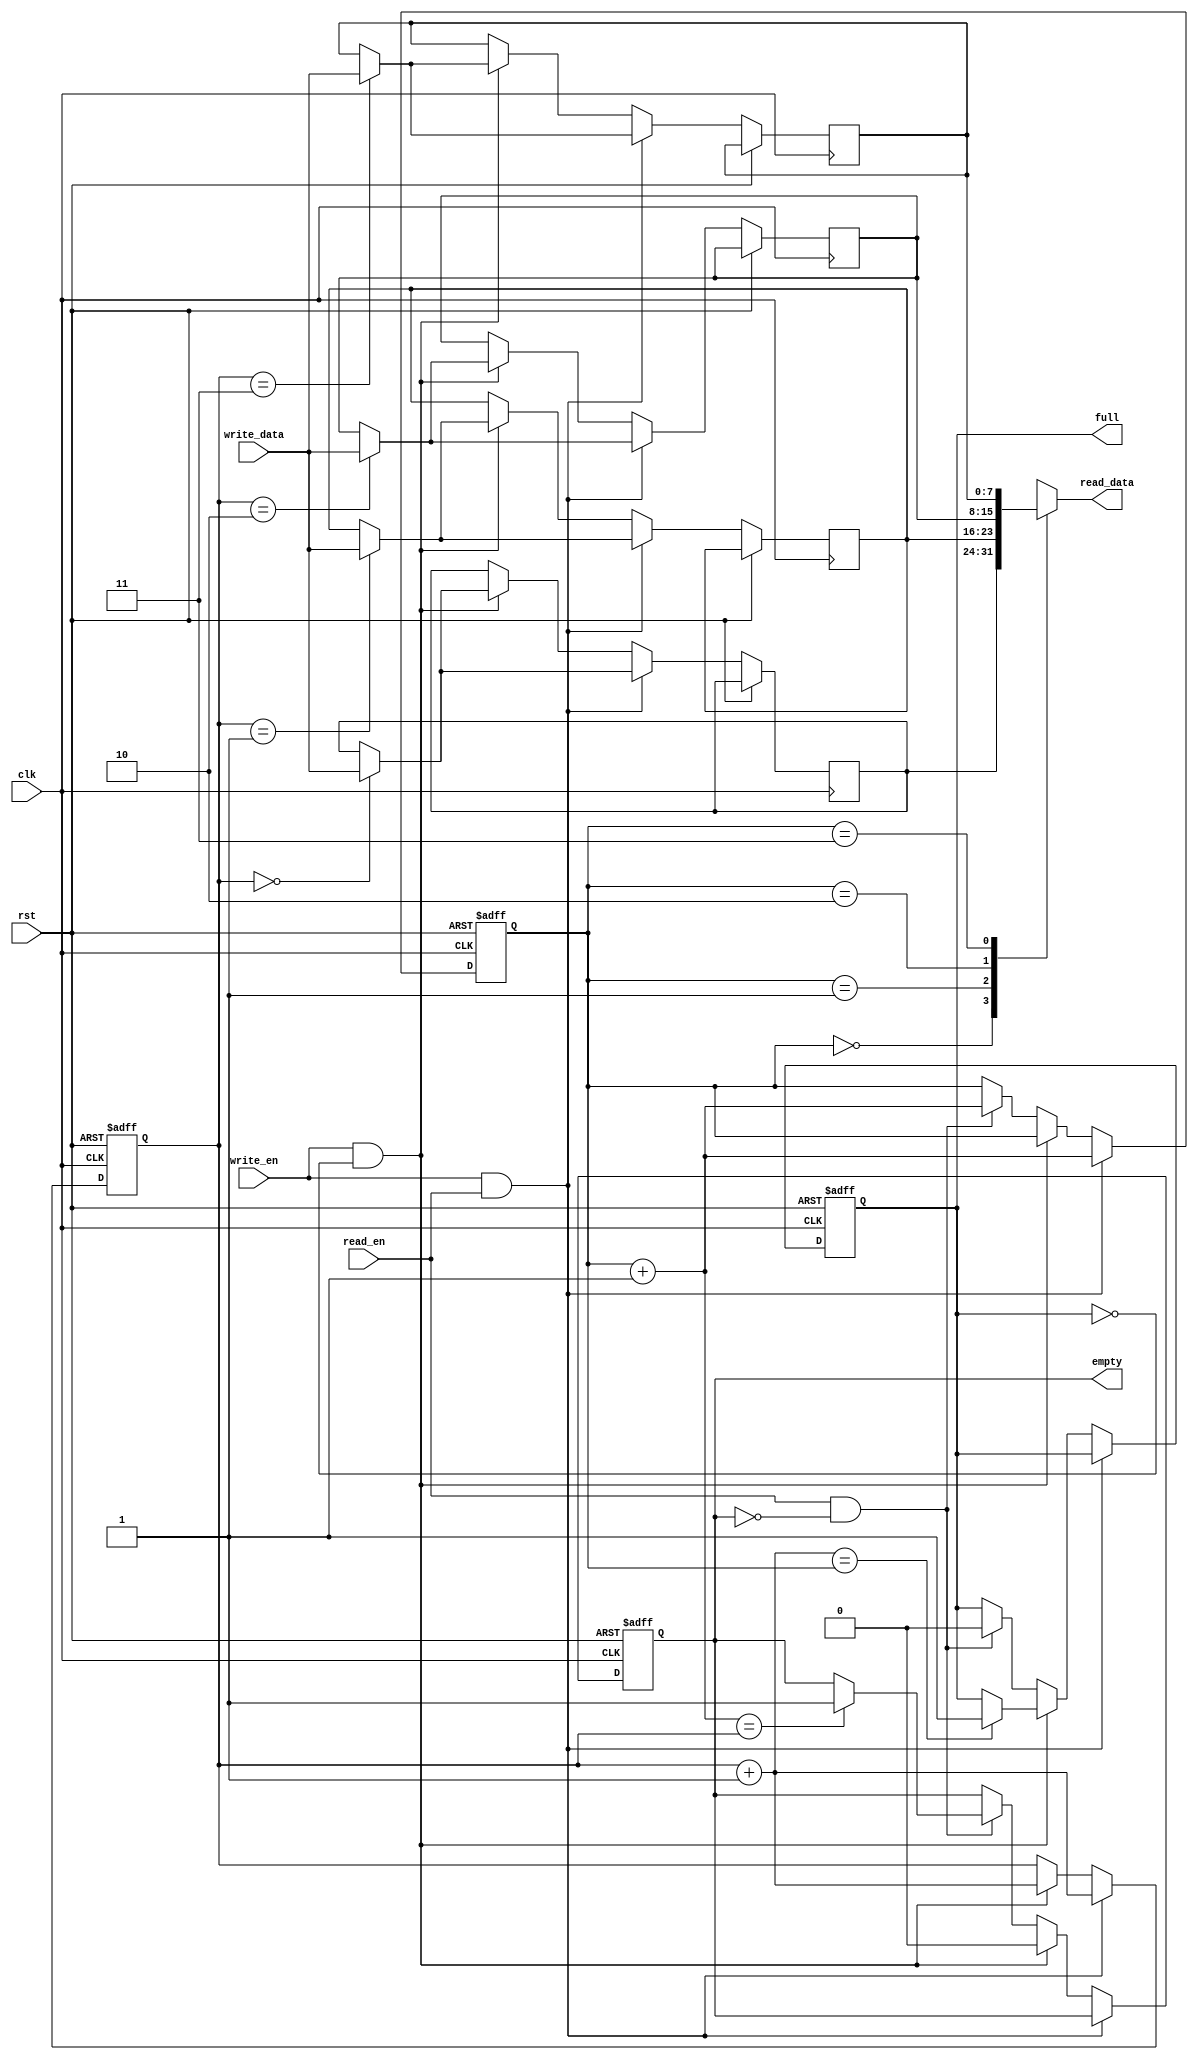
module fifo(clk, rst, write_en, write_data, read_en, read_data, empty, full);
input                     clk;
input                     rst;
input                     write_en;
input  [WIDTH-1:0]        write_data;
input                     read_en;
output [WIDTH-1:0]        read_data;
output                    empty;
output                    full;

parameter SIZE = 4;
parameter WIDTH = 8;

reg       [WIDTH-1:0]   storage_r [SIZE-1:0];
reg  [$clog2(SIZE)-1:0] read_ptr_r;
reg  [$clog2(SIZE)-1:0] write_ptr_r;
reg                     reading_r;
reg                     full_r;
reg                     empty_r;
reg       [WIDTH-1:0]   data_r;

assign empty        = empty_r;
assign full         = full_r;

assign read_data    = storage_r[read_ptr_r];

wire  [$clog2(SIZE)-1:0] read_ptr_n = read_ptr_r + 1;
wire  [$clog2(SIZE)-1:0] write_ptr_n = write_ptr_r + 1;

always @ (negedge clk or posedge rst) begin
  if (rst) begin
    read_ptr_r               <= 0;
	 write_ptr_r              <= 0;
	 full_r                   <= 0;
	 empty_r                  <= 1;
  end
  else begin
	 if (write_en && read_en) begin
	   storage_r[write_ptr_r] <= write_data;
		write_ptr_r            <= write_ptr_r + 1;
		read_ptr_r             <= read_ptr_r + 1;
	 end else if (write_en && !full_r) begin
	   storage_r[write_ptr_r] <= write_data;
		empty_r                <= 0;
		if (write_ptr_n == read_ptr_r) begin
		  full_r               <= 1;
		end
		write_ptr_r            <= write_ptr_r + 1;
	 end else if (read_en && !empty_r) begin
		full_r                 <= 0;
		if (read_ptr_n == write_ptr_r) begin
		  empty_r              <= 1;
		end
		read_ptr_r             <= read_ptr_r + 1;
	 end
  end
end

endmodule